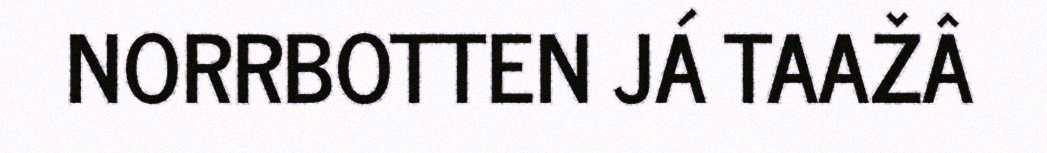
NORRBOTTEN JÁ TAAŽÂ